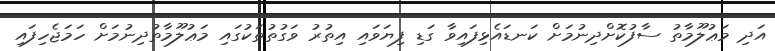
އަދި މަޢުލޫމާތު ސާފުކޮށްދިނުމަށް ކަނޑައެޅިފައިވާ ގަޑި ފިޔަވައި އިތުރު ވަގުތުތަކުގައި މަޢުލޫމާތުދިނުމަށް ހަމަޖެހިފައި